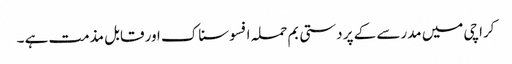
کراچی میں مدرسے کے پر دستی بم حملہ افسوسناک اور قابل مذمت ہے ۔